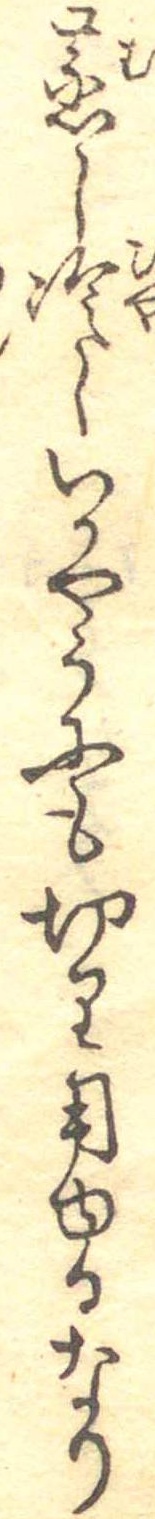
蒸し冷しいかやうにも切り用ゆるなり